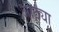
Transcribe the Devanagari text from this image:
आठ्या